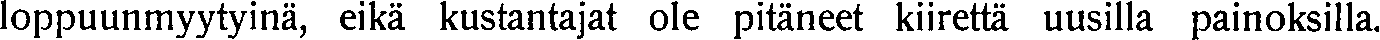
loppuunmyytyinä, eikä kustantajat ole pitäneet kiirettä uusilla painoksilla.